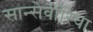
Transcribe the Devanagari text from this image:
सान्सेवीरिया